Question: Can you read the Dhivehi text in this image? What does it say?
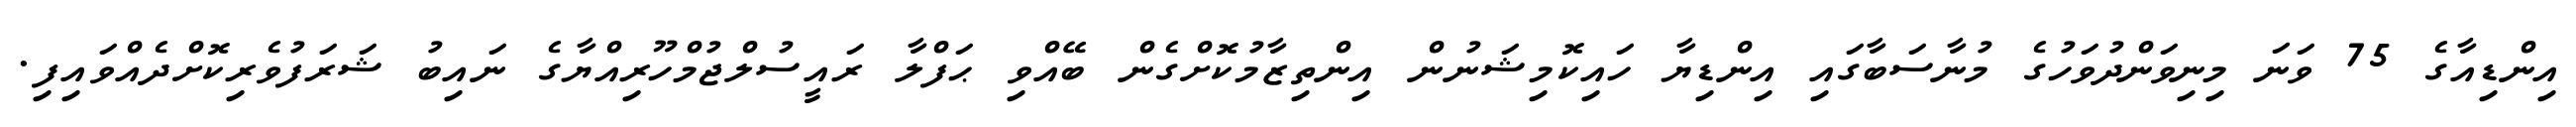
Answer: އިންޑިއާގެ 75 ވަނަ މިނިވަންދުވަހުގެ މުނާސަބާގައި އިންޑިޔާ ހައިކޮމިޝަނުން އިންތިޒާމުކޮށްގެން ބޭއްވި ޙަފްލާ ރައީސުލްޖުމްހޫރިއްޔާގެ ނައިބު ޝަރަފުވެރިކޮށްދެއްވައިފި.